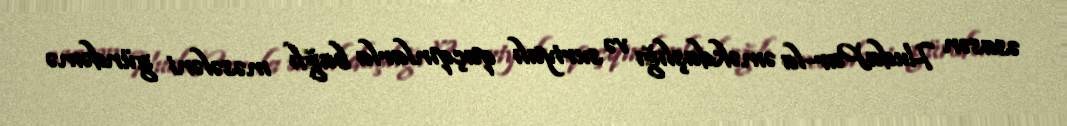
əsasən HudaPar-la əməkdaşlığı və suriyalı qaçqınlarla bağlı məsələni gündəmə